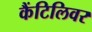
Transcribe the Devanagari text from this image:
कैंटिलिवर